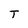
Character: T